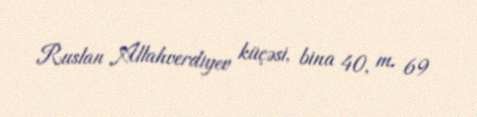
Ruslan Allahverdiyev küçəsi, bina 40, m. 69